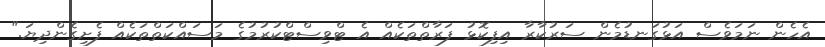
އެހެން ނަމަވެސް އަޅުގަނޑުމެން ސަރުކާރާ އިފިކޮޅު ފަރާތްތަކެއް އެ ޓްވިސްޓްކުރުމުގެ މަސައްކަތްތަކެއް ފެށިގެންދިޔަ."